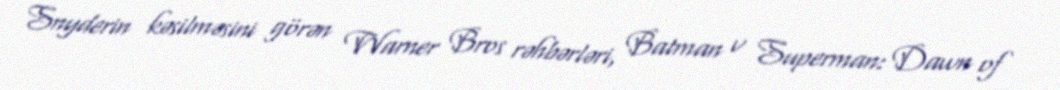
Snyderin kəsilməsini görən Warner Bros rəhbərləri, Batman v Superman: Dawn of